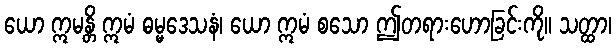
ယော ဣမန္တိ ဣမံ ဓမ္မဒေသနံ၊ ယော ဣမံ စသော ဤတရားဟောခြင်းကို။ သတ္ထာ၊